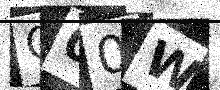
Text: O00W